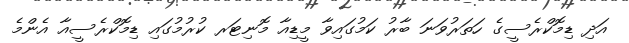
އަދި ޑިމޮކްރެސީގެ ހަތަރުވަނަ ބާރު ކަމުގައިވާ މީޑިއާ މޮނިޓަރ ކުރުމުގައި ޑިމޮކްރެސީއާ އެންމެ